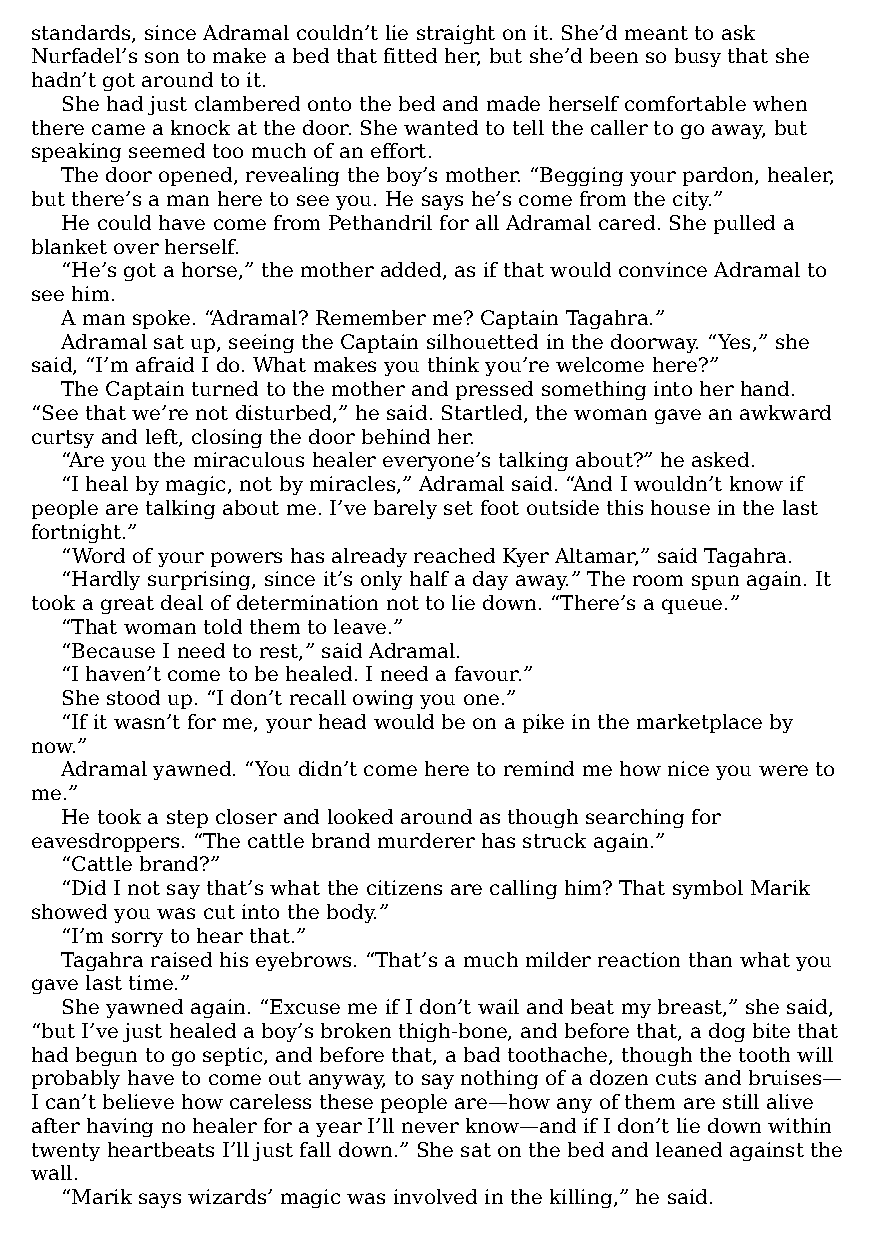
standards, since Adramal couldn’t lie straight on it. She’d meant to ask
 Nurfadel’s son to make a bed that fitted her, but she’d been so busy that she
 hadn’t got around to it.
 She had just clambered onto the bed and made herself comfortable when
 there came a knock at the door. She wanted to tell the caller to go away, but
 speaking seemed too much of an effort.
 The door opened, revealing the boy’s mother. “Begging your pardon, healer,
 but there’s a man here to see you. He says he’s come from the city.”
 He could have come from Pethandril for all Adramal cared. She pulled a
 blanket over herself.
 “He’s got a horse,” the mother added, as if that would convince Adramal to
 see him.
 A man spoke. “Adramal? Remember me? Captain Tagahra.”
 Adramal sat up, seeing the Captain silhouetted in the doorway. “Yes,” she
 said, “I’m afraid I do. What makes you think you’re welcome here?”
 The Captain turned to the mother and pressed something into her hand.
 “See that we’re not disturbed,” he said. Startled, the woman gave an awkward
 curtsy and left, closing the door behind her.
 “Are you the miraculous healer everyone’s talking about?” he asked.
 “I heal by magic, not by miracles,” Adramal said. “And I wouldn’t know if
 people are talking about me. I’ve barely set foot outside this house in the last
 fortnight.”
 “Word of your powers has already reached Kyer Altamar,” said Tagahra.
 “Hardly surprising, since it’s only half a day away.” The room spun again. It
 took a great deal of determination not to lie down. “There’s a queue.”
 “That woman told them to leave.”
 “Because I need to rest,” said Adramal.
 “I haven’t come to be healed. I need a favour.”
 She stood up. “I don’t recall owing you one.”
 “If it wasn’t for me, your head would be on a pike in the marketplace by
 now.”
 Adramal yawned. “You didn’t come here to remind me how nice you were to
 me.”
 He took a step closer and looked around as though searching for
 eavesdroppers. “The cattle brand murderer has struck again.”
 “Cattle brand?”
 “Did I not say that’s what the citizens are calling him? That symbol Marik
 showed you was cut into the body.”
 “I’m sorry to hear that.”
 Tagahra raised his eyebrows. “That’s a much milder reaction than what you
 gave last time.”
 She yawned again. “Excuse me if I don’t wail and beat my breast,” she said,
 “but I’ve just healed a boy’s broken thigh-bone, and before that, a dog bite that
 had begun to go septic, and before that, a bad toothache, though the tooth will
 probably have to come out anyway, to say nothing of a dozen cuts and bruises—​
 I can’t believe how careless these people are—​how any of them are still alive
 after having no healer for a year I’ll never know—​and if I don’t lie down within
 twenty heartbeats I’ll just fall down.” She sat on the bed and leaned against the
 wall.
 “Marik says wizards’ magic was involved in the killing,” he said.